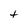
Character: t